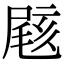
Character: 𡲼